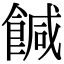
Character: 𩝈